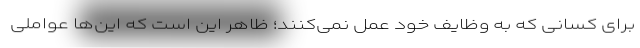
برای کسانی که به وظایف خود عمل نمی‌کنند؛ ظاهر این است که این‌ها عواملی